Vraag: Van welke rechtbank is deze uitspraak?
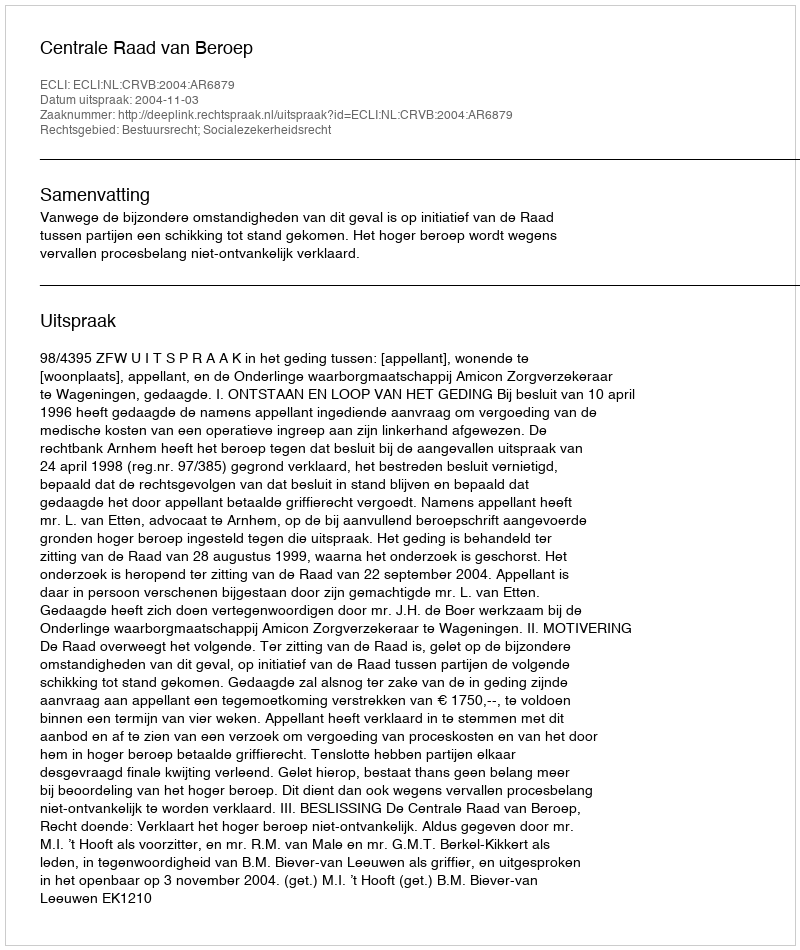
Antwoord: Centrale Raad van Beroep